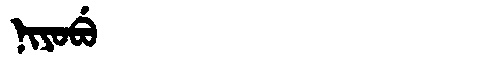
Manchu: ᠨᡳᠶᠣᠪᡠ
Romanization: NIYOBU